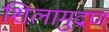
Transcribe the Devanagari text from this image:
शिलामुद्रण